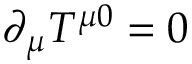
\partial _ { \mu } T ^ { \mu 0 } = 0